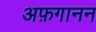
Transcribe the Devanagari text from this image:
अफ़गानन